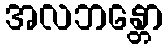
အလဘန္တော